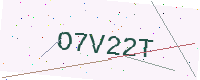
Text: O7V22T